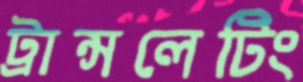
ট্রান্সলেটিং